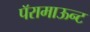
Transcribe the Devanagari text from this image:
पॅरामाऊन्ट